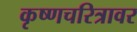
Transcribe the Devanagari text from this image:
कृष्णचरित्रावर